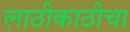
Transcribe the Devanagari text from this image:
लाठीकाठीचा